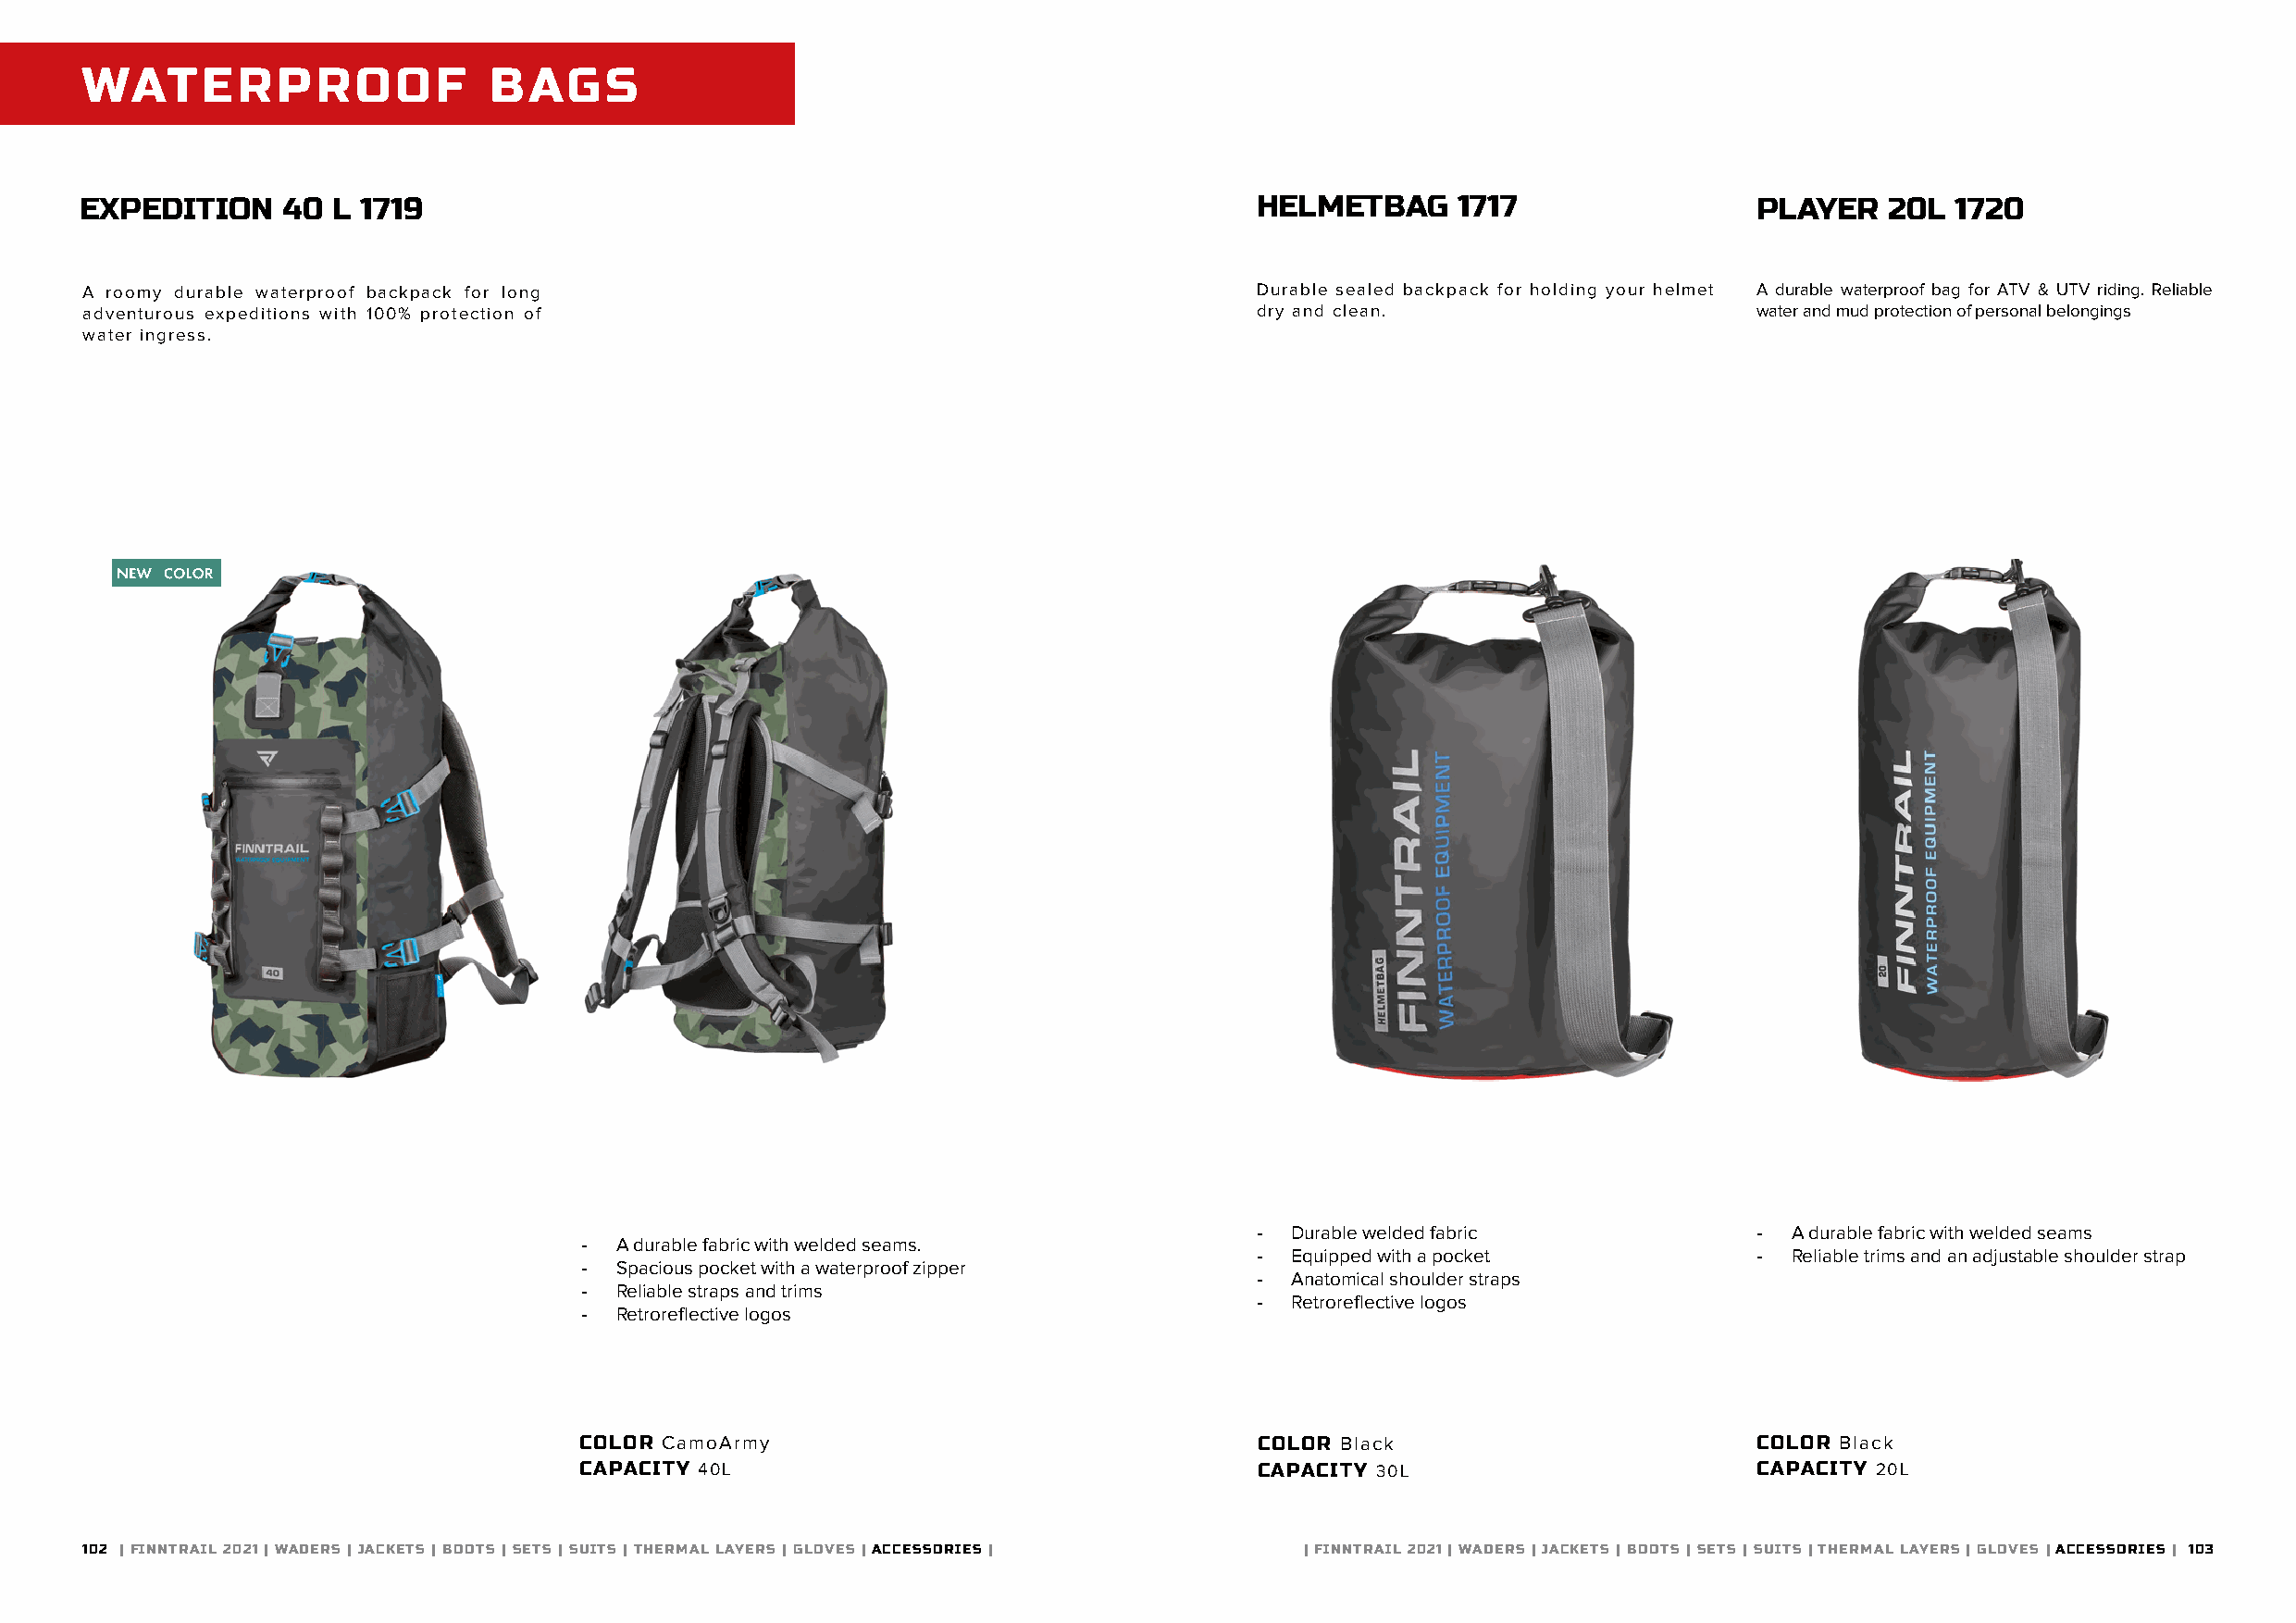
WATERPROOF                   BAGS
 EXPEDITION    40  L 1719                                                            HELMETBAG     1717                  PLAYER   20L  1720
 A roomy durable waterproof backpack for long                                        Durable sealed backpack for holding your helmet A durable waterproof bag for ATV & UTV riding. Reliable
 adventurous expeditions with 100% protection of                                     dry and clean.                      water and mud protection of personal belongings
 water ingress.
 - Durable welded fabric             - A durable fabric with welded seams
 - A durable fabric with welded seams.
 - Equipped with a pocket            - Reliable trims and an adjustable shoulder strap
 - Spacious pocket with a waterproof zipper
 - Anatomical shoulder straps
 - Reliable straps and trims
 - Retroreflective logos
 - Retroreflective logos
 COLOR CamoArmy                                   COLOR Black                         COLOR Black
 CAPACITY 40L                                     CAPACITY 30L                        CAPACITY 20L
 102 | FINNTRAIL 2021 | WADERS | JACKETS | BOOTS | SETS | SUITS | THERMAL LAYERS | GLOVES | ACCESSORIES | | FINNTRAIL 2021 | WADERS | JACKETS | BOOTS | SETS | SUITS | THERMAL LAYERS | GLOVES | ACCESSORIES | 103